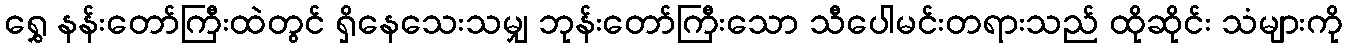
ရွှေ နန်းတော်ကြီးထဲတွင် ရှိနေသေးသမျှ ဘုန်းတော်ကြီးသော သီပေါမင်းတရားသည် ထိုဆိုင်း သံများကို